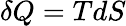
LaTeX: \delta Q=TdS